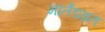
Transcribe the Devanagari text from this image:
मार्तंडव्रत